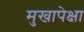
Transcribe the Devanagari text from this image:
मुखापेक्षा